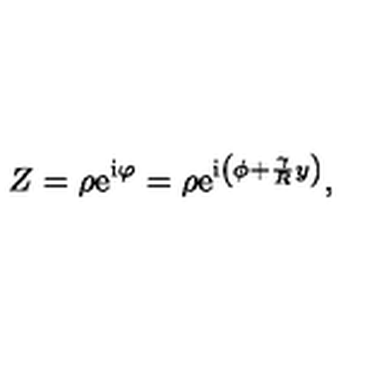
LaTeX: Z = \rho \mathrm { e } ^ { \mathrm { i } \varphi } = \rho \mathrm { e } ^ { \mathrm { i } \left( \phi + { \frac { \gamma } { R } } y \right) } ,